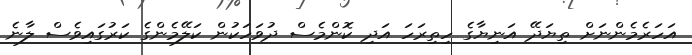
އަހަރެމެންނަށް ތިޔަދޭ އަނިޔާގެ ހިތިރަހަ އަދި ކޮންމެސް ދުވަހަކުން ކަލޭމެންގެ ކަރުގައިވެސް ލާނެ